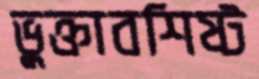
ভুক্তাবশিষ্ট